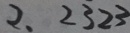
2 . 2 3 2 3